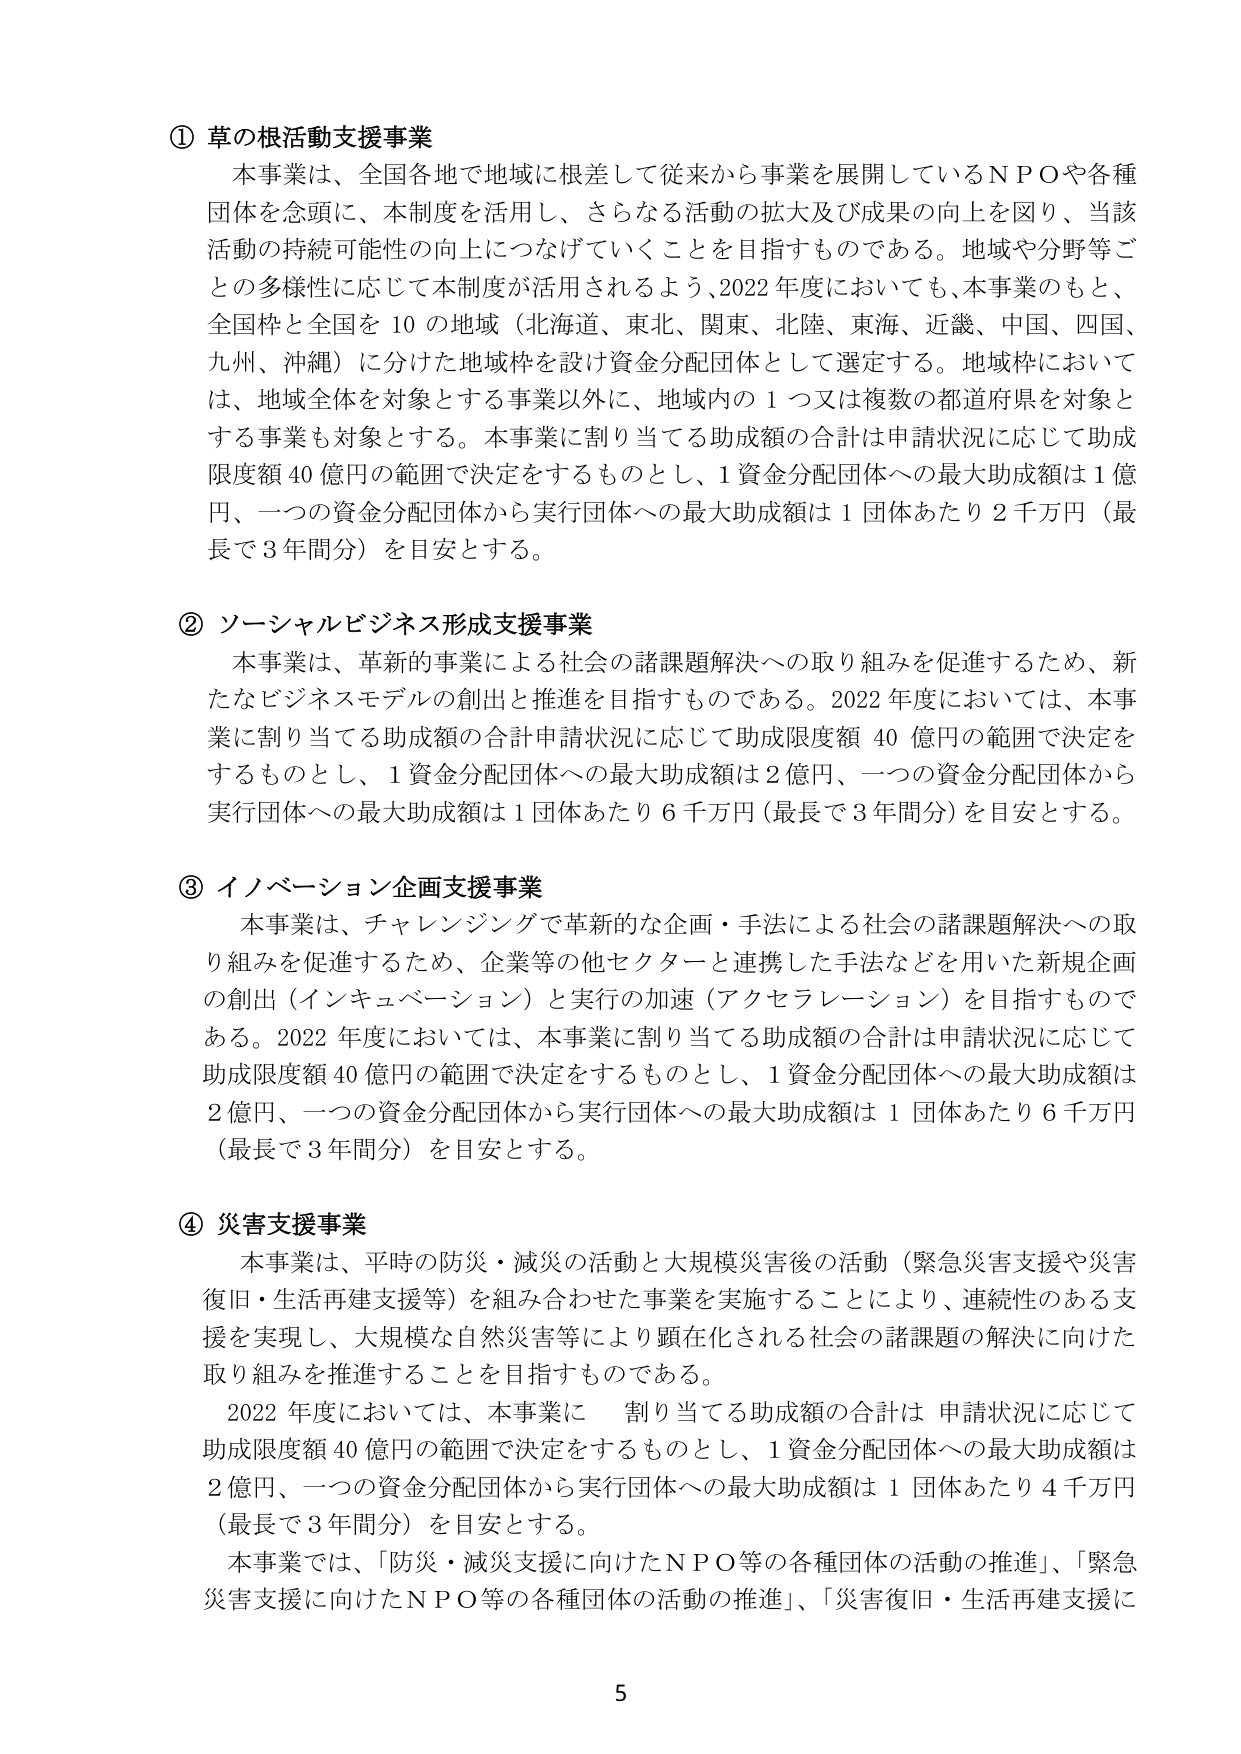
① 草の根活動支援事業
本事業は、全国各地で地域に根差して従来から事業を展開しているＮＰＯや各種団体を念頭に、本制度を活用し、さらなる活動の拡大及び成果の向上を図り、当該活動の持続可能性の向上につなげていくことを目指すものである。地域や分野等ごとの多様性に応じて本制度が活用されるよう、2022年度においても、本事業のもと、全国枠と全国を10の地域（北海道、東北、関東、北陸、東海、近畿、中国、四国、九州、沖縄）に分けた地域枠を設け資金分配団体として選定する。地域枠においては、地域全体を対象とする事業以外に、地域内の1つ又は複数の都道府県を対象とする事業も対象とする。本事業に割り当てる助成額の合計は申請状況に応じて助成限度額40億円の範囲で決定をするものとし、1資金分配団体への最大助成額は1億円、一つの資金分配団体から実行団体への最大助成額は1団体あたり2千万円（最長で3年間分）を目安とする。

② ソーシャルビジネス形成支援事業
本事業は、革新的事業による社会の諸課題解決への取り組みを促進するため、新たなビジネスモデルの創出と推進を目指すものである。2022年度においては、本事業に割り当てる助成額の合計は申請状況に応じて助成限度額40億円の範囲で決定をするものとし、1資金分配団体への最大助成額は2億円、一つの資金分配団体から実行団体への最大助成額は1団体あたり6千万円（最長で3年間分）を目安とする。

③ イノベーション企画支援事業
本事業は、チャレンジングで革新的な企画・手法による社会の諸課題解決への取り組みを促進するため、企業等の他セクターと連携した手法などを用いた新規企画の創出（インキュベーション）と実行の加速（アクセラレーション）を目指すものである。2022年度においては、本事業に割り当てる助成額の合計は申請状況に応じて助成限度額40億円の範囲で決定をするものとし、1資金分配団体への最大助成額は2億円、一つの資金分配団体から実行団体への最大助成額は1団体あたり6千万円（最長で3年間分）を目安とする。

④ 災害支援事業
本事業は、平時の防災・減災の活動と大規模災害後の活動（緊急災害支援や災害復旧・生活再建支援等）を組み合わせた事業を実施することにより、連続性のある支援を実現し、大規模な自然災害等により顕在化される社会の諸課題の解決に向けた取り組みを推進することを目指すものである。
2022年度においては、本事業に割り当てる助成額の合計は申請状況に応じて助成限度額40億円の範囲で決定をするものとし、1資金分配団体への最大助成額は2億円、一つの資金分配団体から実行団体への最大助成額は1団体あたり4千万円（最長で3年間分）を目安とする。
本事業では、「防災・減災支援に向けたＮＰＯ等の各種団体の活動の推進」、「緊急災害支援に向けたＮＰＯ等の各種団体の活動の推進」、「災害復旧・生活再建支援に

5